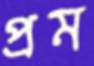
প্রম